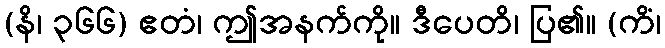
(နိ၊ ၃၆၆) ဧတံ၊ ဤအနက်ကို။ ဒီပေတိ၊ ပြ၏။ (ကိံ၊